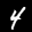
Label: 4